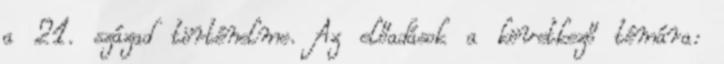
a 21. század történelme. Az előadások a következő témára: